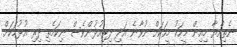
ނެތިއްޔާ މިއިން މީހަކު މީހަކަށް ނުވާނެ އަދި ދިރިއުޅުންވެސް ނިކަމެތި ދިރި އުޅުމަކަށް